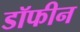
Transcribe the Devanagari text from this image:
डॉफीन